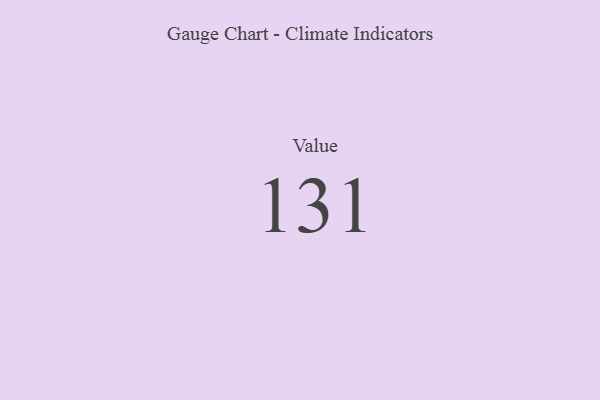
{"axis": {"x": "Metric", "y": "Value"}, "legend": [""], "data": [{"x": "Value", "y": 131, "type": ""}]}